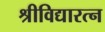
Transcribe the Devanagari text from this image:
श्रीविद्यारत्न